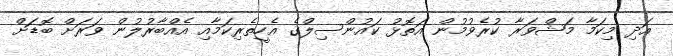
އަދި މިކަމާ މަޝްވަރާ ކުރެވުމުން އަތޮޅު ކައުންސިލްގެ އެހީތެރިކަމާއި އެއްބާރުލުން ވަރަށް ބޮޑަށް